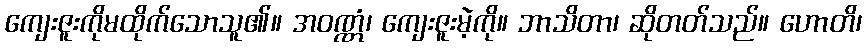
ကျေးဇူးကိုမထိုက်သောသူ၏။ အဝဏ္ဏံ၊ ကျေးဇူးမဲ့ကို။ ဘာသိတာ၊ ဆိုတတ်သည်။ ဟောတိ၊